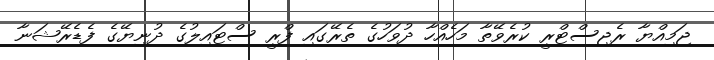
ޖަމިއްޔާ ރެޖިސްޓްރީ ކުރެވޭތާ މަހެއްހާ ދުވަހުގެ ތެރޭގައި ފްރީ ސްޓައިލުގެ ދުނިޔޭގެ ފެޑެރޭޝަނާ